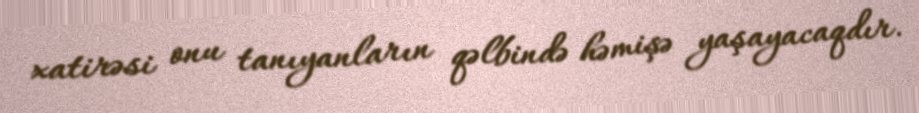
xatirəsi onu tanıyanların qəlbində həmişə yaşayacaqdır.